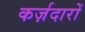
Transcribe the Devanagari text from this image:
कर्ज़दारों